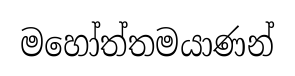
මහෝත්තමයාණන්